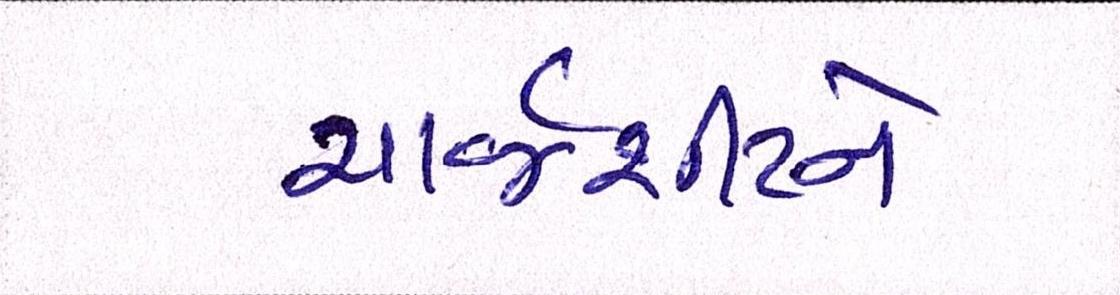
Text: ચાર્જશીટને